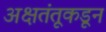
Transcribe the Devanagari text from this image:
अक्षतंतूकडून